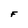
Character: F